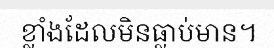
ខ្លាំងដែលមិនធ្លាប់មាន។